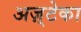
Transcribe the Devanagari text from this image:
अज़्टेका